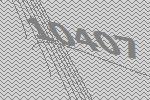
10407